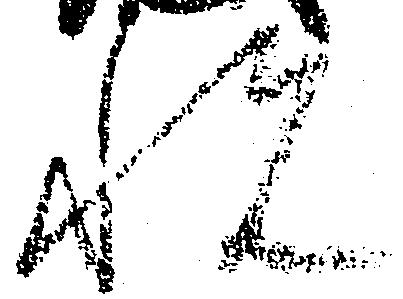
悦